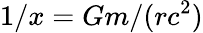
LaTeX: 1/x=Gm/(rc^{2})